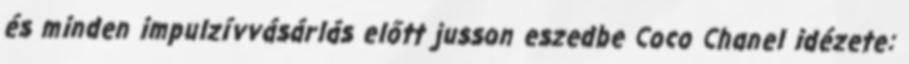
és minden impulzívvásárlás előtt jusson eszedbe Coco Chanel idézete: